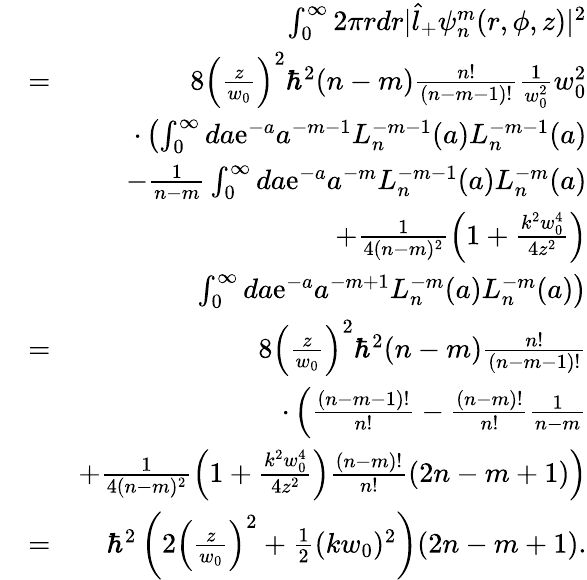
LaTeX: \begin{array}{rlr}&{}&{\int_{0}^{\infty}2\pi rdr|\hat{l}_{+}\psi_{n}^{m}(r,\phi,z)|^{2}}\\ &{=}&{8\left(\frac{z}{w_{0}}\right)^{2}\hbar^{2}(n-m)\frac{n!}{(n-m-1)!}\frac{1}{w_{0}^{2}}w_{0}^{2}}\\ &{}&{\cdot\left(\int_{0}^{\infty}da\mathrm{e}^{-a}a^{-m-1}L_{n}^{-m-1}(a)L_{n}^{-m-1}(a)\right.}\\ &{}&{\left.-\frac{1}{n-m}\int_{0}^{\infty}da\mathrm{e}^{-a}a^{-m}L_{n}^{-m-1}(a)L_{n}^{-m}(a)\right.}\\ &{}&{+\frac{1}{4(n-m)^{2}}\left(1+\frac{k^{2}w_{0}^{4}}{4z^{2}}\right)}\\ &{}&{\left.\int_{0}^{\infty}da\mathrm{e}^{-a}a^{-m+1}L_{n}^{-m}(a)L_{n}^{-m}(a)\right)}\\ &{=}&{8\left(\frac{z}{w_{0}}\right)^{2}\hbar^{2}(n-m)\frac{n!}{(n-m-1)!}}\\ &{}&{\cdot\left(\frac{(n-m-1)!}{n!}-\frac{(n-m)!}{n!}\frac{1}{n-m}\right.}\\ &{}&{\left.+\frac{1}{4(n-m)^{2}}\left(1+\frac{k^{2}w_{0}^{4}}{4z^{2}}\right)\frac{(n-m)!}{n!}(2n-m+1)\right)}\\ &{=}&{\hbar^{2}\left(2\left(\frac{z}{w_{0}}\right)^{2}+\frac{1}{2}(kw_{0})^{2}\right)(2n-m+1).}\end{array}